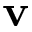
\mathbf { v }